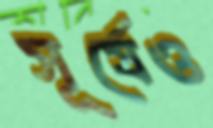
সূর্যেও